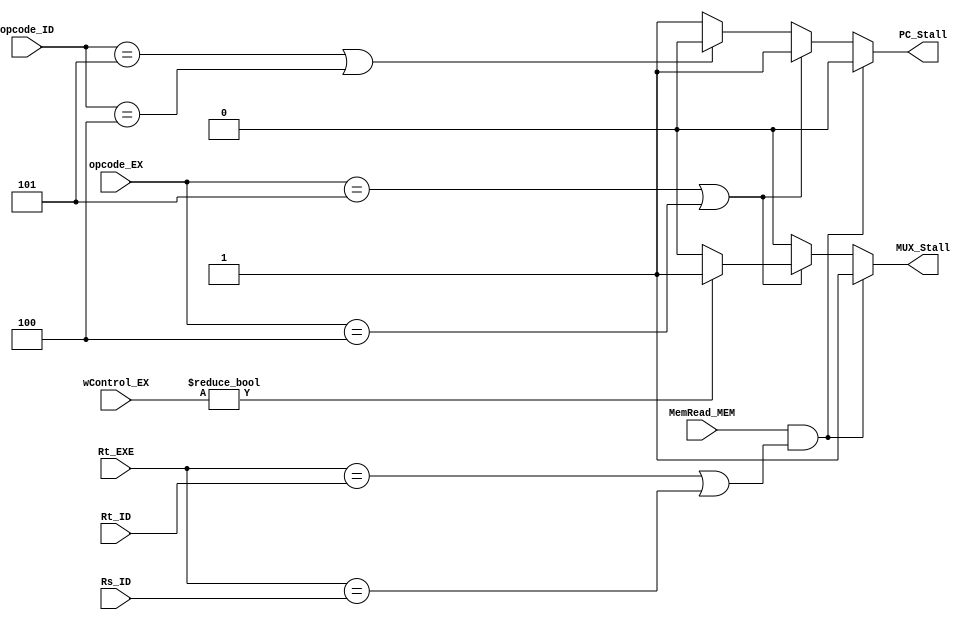
//////////////////////////////////////////////////////////////////////////////////
// Description: 
//
//	
// Revision: 		1.0
// Additional Comments: 
//
//////////////////////////////////////////////////////////////////////////////////

module DataHazardsUnit (
	input  MemRead_MEM,
	input  [16:0] wControl_EX,
	input  [4:0]  Rt_EXE,
	input  [4:0]  Rt_ID,
	input  [4:0]  Rs_ID,
	input [5:0]  opcode_ID,
	input [5:0]  opcode_EX,
	output PC_Stall,
	output MUX_Stall
	);
	
	localparam BEQ = 6'h04, BNE = 6'h05;
	
	reg rPC_Stall;
	reg rMUX_Stall;
	always @(*) begin
		if (MemRead_MEM && ((Rt_EXE == Rt_ID) || (Rt_EXE == Rs_ID))) begin // DATA HAZARD Support for halting the pipe when LW is detected
			rPC_Stall  = 1'b0;  //Stalled
			rMUX_Stall = 1'b1;  //Control equal to bubble
		end else if ((opcode_EX == BNE) || (opcode_EX == BEQ)) begin 
			rPC_Stall  = 1'b1;  //NotStalled
			if (wControl_EX) begin	
				rMUX_Stall = 1'b1;  //Control equal to bubble
			end else begin
				rMUX_Stall = 1'b0; 	//Normal Control
			end
		end else if ((opcode_ID == BNE) || (opcode_ID == BEQ)) begin
			rPC_Stall  = 1'b0; 	//Stalled
			rMUX_Stall = 1'b0; 	//Normal Control
		end  else begin
			rPC_Stall  = 1'b1; 	//NotStalled
			rMUX_Stall = 1'b0; 	//Normal Control
		end
	end
	assign MUX_Stall = rMUX_Stall;    
	assign PC_Stall = rPC_Stall;
endmodule


/*
module ControlPredictionUnit (
	input clk,
	input rst,
	input Real_Bch,
	input [5:0]  opcode_ID,
	input [5:0]  opcode_EX,
	input [31:0] PC_ExecPls4_ID,
	input [31:0] PC_ExecPls4_EX,
	input [31:0] Dt_Ext,

	output [1:0] PC_Pred_Mux,
	output fsh_ifid,
	output fsh_idex,
	output [31:0] PC_Pred
	);
	
	localparam BEQ = 6'h04, BNE = 6'h05;
	localparam NTK = 1'h0, TKN = 6'h1;
	
	reg [59:0] Predict_Arr [0:7]; //{PredictionBit, [27]PC_withBch_Detected, [32]PC_Predicted}
	wire [2:0] Pred_elem_ID, Pred_elem_EX;
	reg rfsh_ifid;
	reg rfsh_idex;
	reg [1:0] rPC_Pred_Mux; 	
	wire [31:0] wPC_pred;
	
	always @(negedge clk or negedge rst) begin		//??? clk to have time to save the predicted instruction
		if (~rst) begin
			Predict_Arr[3'h0] <= 60'h0;
			Predict_Arr[3'h1] <= 60'h0;
			Predict_Arr[3'h2] <= 60'h0;
			Predict_Arr[3'h3] <= 60'h0;
			Predict_Arr[3'h4] <= 60'h0;
			Predict_Arr[3'h5] <= 60'h0;
			Predict_Arr[3'h6] <= 60'h0;
			Predict_Arr[3'h7] <= 60'h0;		
		end else begin
			if ((opcode_ID == BNE) || (opcode_ID == BEQ)) begin 
				if({Predict_Arr[Pred_elem_ID][58:32],Pred_elem_ID} != PC_ExecPls4_ID) begin
					if(Predict_Arr[Pred_elem_ID][59] == NTK) begin
						Predict_Arr[Pred_elem_ID][31:0] <= PC_ExecPls4_ID;
						Predict_Arr[Pred_elem_ID][58:32] <= PC_ExecPls4_ID[31:5];
					end else if(Predict_Arr[Pred_elem_ID][59] == TKN) begin
						Predict_Arr[Pred_elem_ID] [31:0] <= wPC_pred;
						Predict_Arr[Pred_elem_ID][58:32] <= PC_ExecPls4_ID[31:5];
					end
				end else
					rPC_Pred_Mux <= 1'h1;
				end
			end else begin
				rPC_Pred_Mux <= 1'h0;
			end
		end
	end
	
	always @(*) begin
		else if (((opcode_EX == BNE) || (opcode_EX == BEQ)) begin
			if(Real_Bch != Predict_Arr[Pred_elem_EX][59])) begin
				Predict_Arr[Pred_elem_EX][59] <= Real_Bch;
				rfsh_ifid  <= 1'b0;
				rfsh_idex  <= 1'b0;
			end else begin
				rfsh_ifid  <= 1'b1;
				rfsh_idex  <= 1'b1;
			end
		end else begin
		
		end
	end
	
	assign Pred_elem_ID = PC_ExecPls4_ID[4:2];
	assign Pred_elem_EX = PC_ExecPls4_EX[4:2];
	
	assign fsh_ifid = rfsh_ifid;
	assign fsh_idex = rfsh_idex;
	assign PC_Pred_Mux = rPC_Pred_Mux;
	assign PC_Pred = Predict_Arr[Pred_elem_ID][31:0];
	
	Adder32bits AdderForBranch(
		.A_in(PC_ExecPls4_ID),
		.B_in((Dt_Ext<<2)),
		.Res_out(wPC_pred),
		.Carry());
	
endmodule
*/